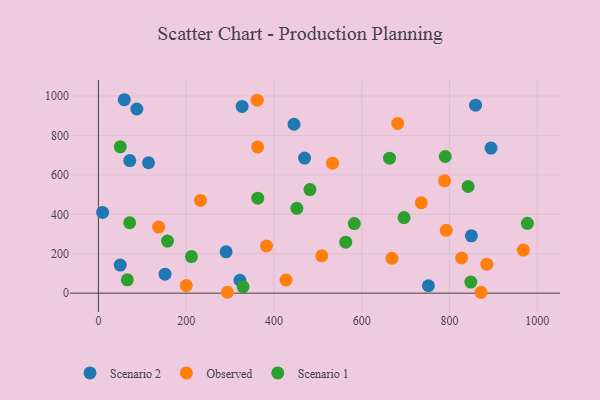
{"axis": {"x": "Price", "y": "Sales"}, "legend": ["Observed", "Scenario 1", "Scenario 2"], "data": [{"x": "752.1", "y": 37.7, "type": "Scenario 2"}, {"x": "114.2", "y": 661.5, "type": "Scenario 2"}, {"x": "322.5", "y": 65.6, "type": "Scenario 2"}, {"x": "469.8", "y": 685.1, "type": "Scenario 2"}, {"x": "445.8", "y": 856.9, "type": "Scenario 2"}, {"x": "151.8", "y": 96.1, "type": "Scenario 2"}, {"x": "894.8", "y": 736.0, "type": "Scenario 2"}, {"x": "849.9", "y": 290.7, "type": "Scenario 2"}, {"x": "87.6", "y": 934.2, "type": "Scenario 2"}, {"x": "327.5", "y": 947.1, "type": "Scenario 2"}, {"x": "9.6", "y": 409.7, "type": "Scenario 2"}, {"x": "290.9", "y": 209.6, "type": "Scenario 2"}, {"x": "71.5", "y": 672.5, "type": "Scenario 2"}, {"x": "859.5", "y": 953.7, "type": "Scenario 2"}, {"x": "49.7", "y": 142.5, "type": "Scenario 2"}, {"x": "58.9", "y": 981.3, "type": "Scenario 2"}, {"x": "427.6", "y": 66.8, "type": "Observed"}, {"x": "533.5", "y": 659.2, "type": "Observed"}, {"x": "361.8", "y": 978.9, "type": "Observed"}, {"x": "788.8", "y": 570.0, "type": "Observed"}, {"x": "383.1", "y": 239.3, "type": "Observed"}, {"x": "363.0", "y": 741.7, "type": "Observed"}, {"x": "827.7", "y": 178.3, "type": "Observed"}, {"x": "968.4", "y": 218.4, "type": "Observed"}, {"x": "232.7", "y": 470.6, "type": "Observed"}, {"x": "137.3", "y": 335.3, "type": "Observed"}, {"x": "792.7", "y": 318.9, "type": "Observed"}, {"x": "200.2", "y": 38.9, "type": "Observed"}, {"x": "509.0", "y": 189.2, "type": "Observed"}, {"x": "682.1", "y": 861.3, "type": "Observed"}, {"x": "871.9", "y": 4.5, "type": "Observed"}, {"x": "293.9", "y": 4.6, "type": "Observed"}, {"x": "668.9", "y": 176.7, "type": "Observed"}, {"x": "735.9", "y": 459.2, "type": "Observed"}, {"x": "885.2", "y": 147.2, "type": "Observed"}, {"x": "212.0", "y": 185.5, "type": "Scenario 1"}, {"x": "65.9", "y": 67.8, "type": "Scenario 1"}, {"x": "49.8", "y": 742.2, "type": "Scenario 1"}, {"x": "663.5", "y": 684.8, "type": "Scenario 1"}, {"x": "71.3", "y": 357.1, "type": "Scenario 1"}, {"x": "452.2", "y": 430.5, "type": "Scenario 1"}, {"x": "977.6", "y": 354.2, "type": "Scenario 1"}, {"x": "848.7", "y": 56.4, "type": "Scenario 1"}, {"x": "842.6", "y": 541.1, "type": "Scenario 1"}, {"x": "482.1", "y": 525.6, "type": "Scenario 1"}, {"x": "563.6", "y": 258.5, "type": "Scenario 1"}, {"x": "363.1", "y": 482.1, "type": "Scenario 1"}, {"x": "157.5", "y": 264.4, "type": "Scenario 1"}, {"x": "583.2", "y": 352.8, "type": "Scenario 1"}, {"x": "329.7", "y": 32.6, "type": "Scenario 1"}, {"x": "790.4", "y": 693.3, "type": "Scenario 1"}, {"x": "696.5", "y": 383.4, "type": "Scenario 1"}]}